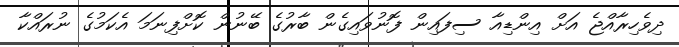
ދިވެހިރާއްޖެ އަށް އިންޑިއާ ސިފައިން ފޮނުވައިގެން ބާރުގެ ބޭނުން ކޮށްފިނަމަ އެކަމުގެ ނުރައްކާ